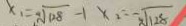
x _ { 1 } = - \sqrt { 1 2 8 } - 1 x _ { 2 } = - \sqrt { 1 2 8 }